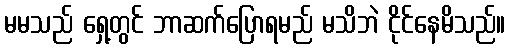
မမသည် ရှေ့တွင် ဘာဆက်ပြောရမည် မသိဘဲ ငိုင်နေမိသည်။